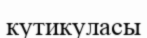
кутикуласы